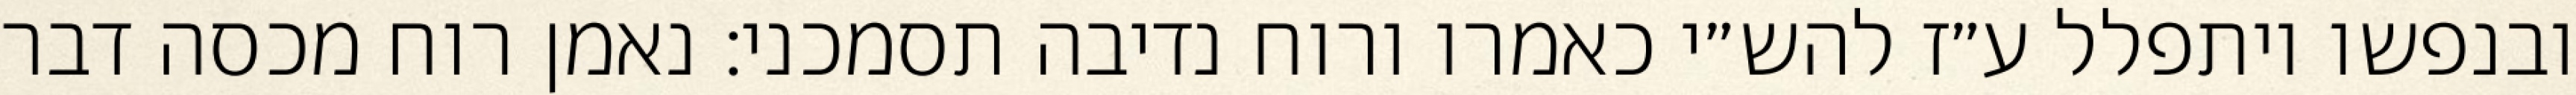
ובנפשו ויתפלל ע״ז להש״י כאמרו ורוח נדיבה תסמכני: נאמן רוח מכסה דבר